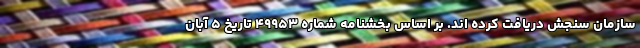
سازمان سنجش دریافت کرده اند. بر اساس بخشنامه شماره ۴۹۹۵۳ تاریخ ۵ آبان